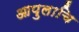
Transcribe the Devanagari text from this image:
आपुलाचि